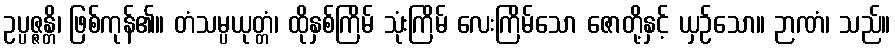
ဥပ္ပဇ္ဇန္တိ၊ ဖြစ်ကုန်၏။ တံသမ္ပယုတ္တံ၊ ထိုနှစ်ကြိမ် သုံးကြိမ် လေးကြိမ်သော ဇောတို့နှင့် ယှဉ်သော။ ဉာဏံ၊ သည်။